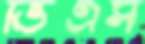
ভিএস